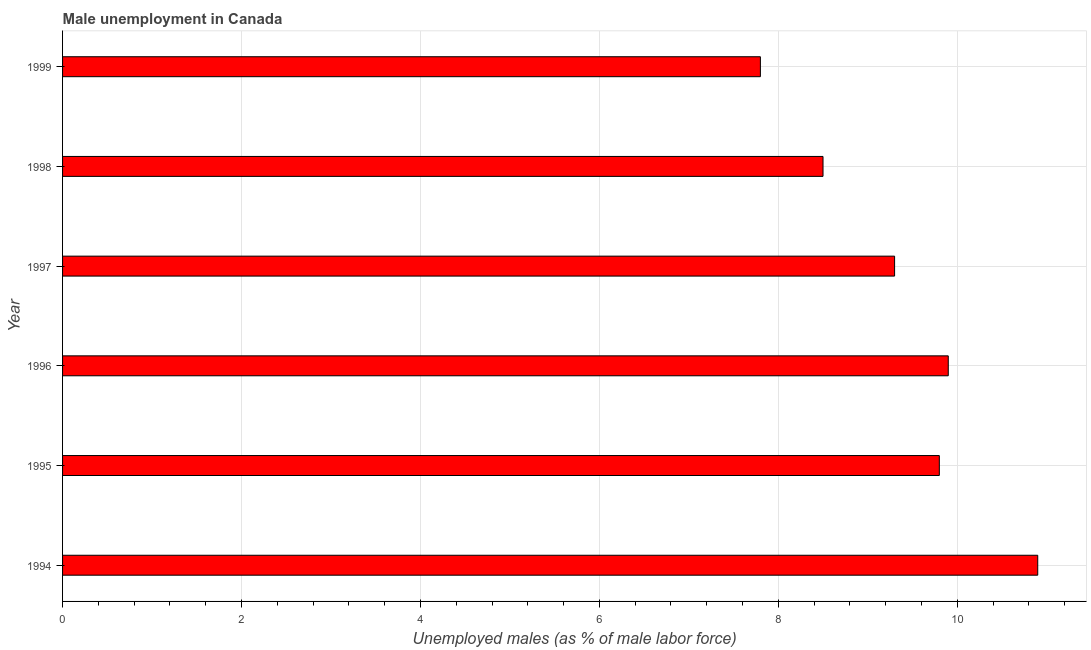
| Year | Unemployment |
 | --- | --- |
 | 1994 | 10.9 |
 | 1995 | 9.8 |
 | 1996 | 9.9 |
 | 1997 | 9.3 |
 | 1998 | 8.5 |
 | 1999 | 7.8 |